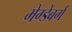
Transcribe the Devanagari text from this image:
मेग्डेबर्ग